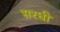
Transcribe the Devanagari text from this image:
सरधी